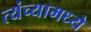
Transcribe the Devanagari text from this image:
त्यंच्यामध्ये